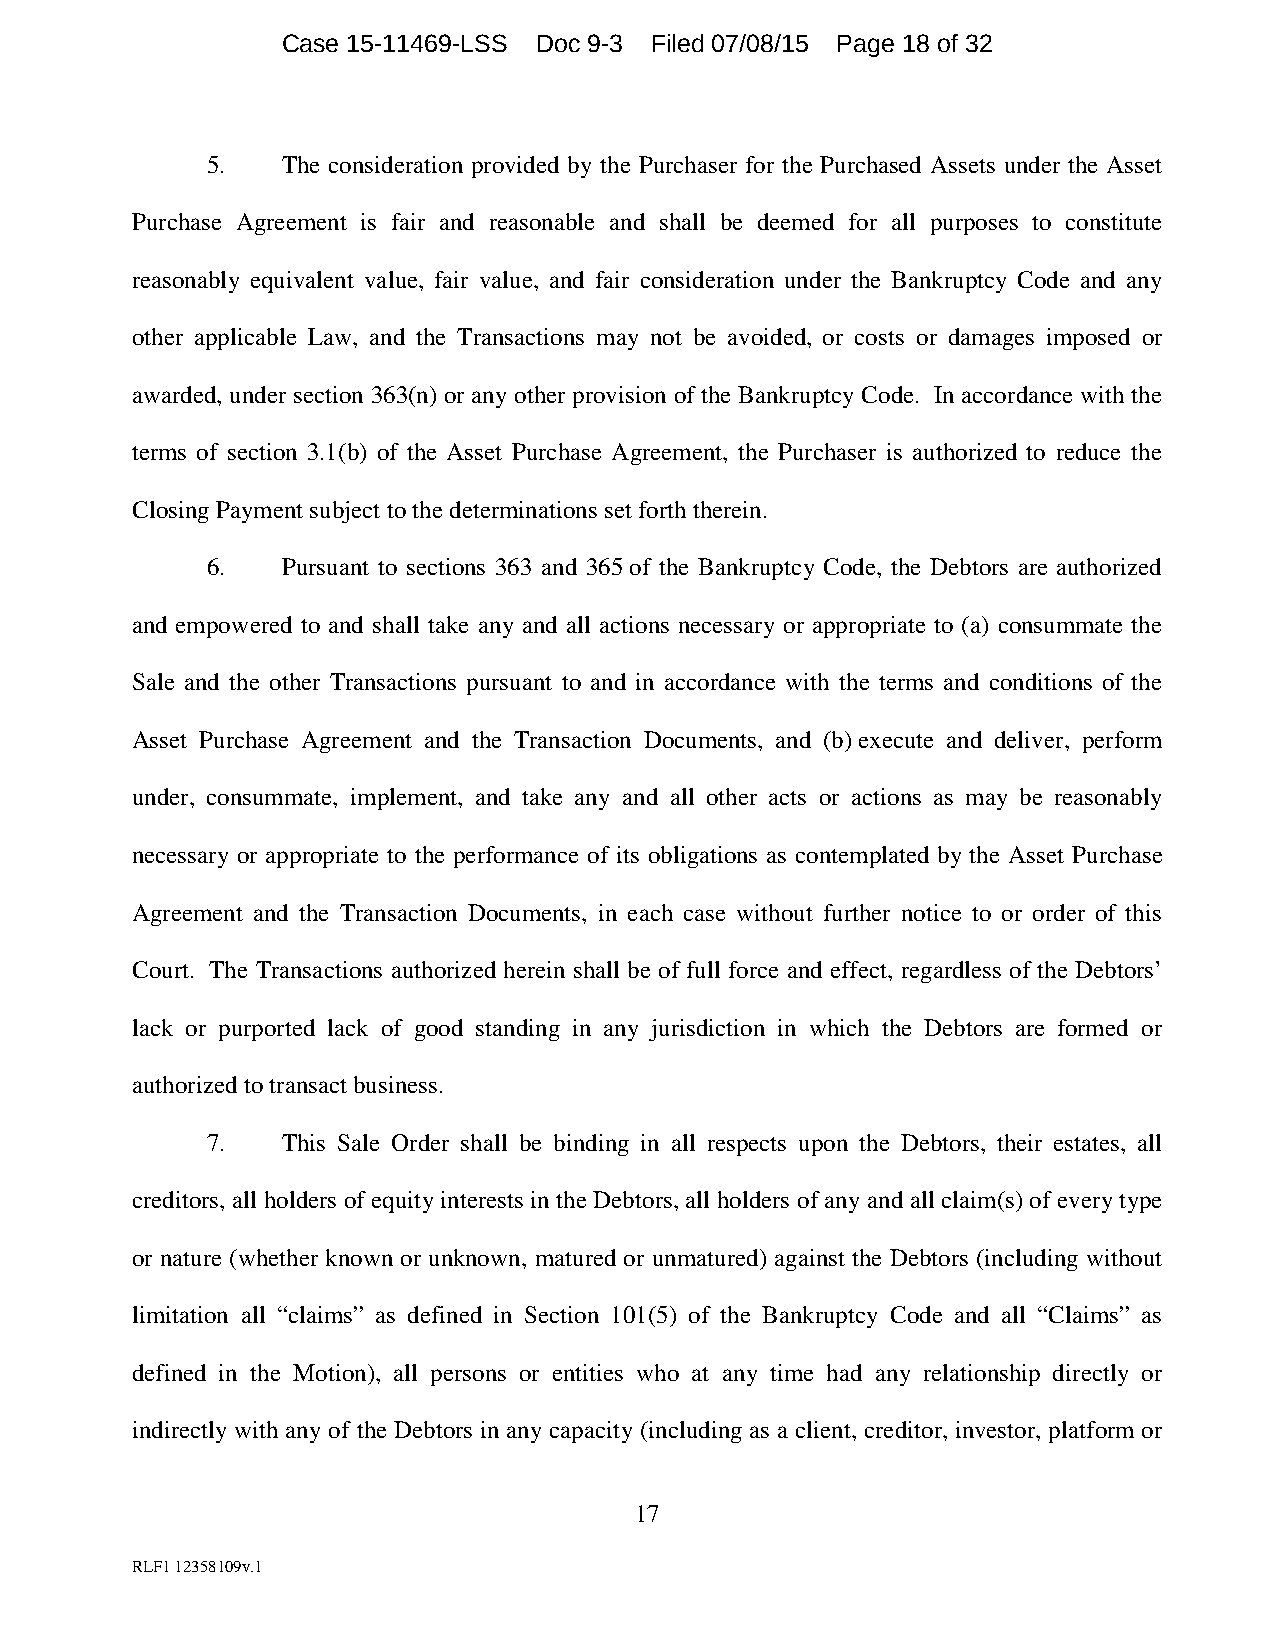
Case 15-11469-LSS Doc 9-3 Filed 07/08/15 Page 18 of 32
 5.   The consideration provided by the Purchaser for the Purchased Assets under the Asset
 Purchase Agreement is fair and reasonable and shall be deemed for all purposes to constitute
 reasonably equivalent value, fair value, and fair consideration under the Bankruptcy Code and any
 other applicable Law, and the Transactions may not be avoided, or costs or damages imposed or
 awarded, under section 363(n) or any other provision of the Bankruptcy Code. In accordance with the
 terms of section 3.1(b) of the Asset Purchase Agreement, the Purchaser is authorized to reduce the
 Closing Payment subject to the determinations set forth therein.
 6.   Pursuant to sections 363 and 365 of the Bankruptcy Code, the Debtors are authorized
 and empowered to and shall take any and all actions necessary or appropriate to (a) consummate the
 Sale and the other Transactions pursuant to and in accordance with the terms and conditions of the
 Asset Purchase Agreement and the Transaction Documents, and (b) execute and deliver, perform
 under, consummate, implement, and take any and all other acts or actions as may be reasonably
 necessary or appropriate to the performance of its obligations as contemplated by the Asset Purchase
 Agreement and the Transaction Documents, in each case without further notice to or order of this
 Court. The Transactions authorized herein shall be of full force and effect, regardless of the Debtors’
 lack or purported lack of good standing in any jurisdiction in which the Debtors are formed or
 authorized to transact business.
 7.   This Sale Order shall be binding in all respects upon the Debtors, their estates, all
 creditors, all holders of equity interests in the Debtors, all holders of any and all claim(s) of every type
 or nature (whether known or unknown, matured or unmatured) against the Debtors (including without
 limitation all “claims” as defined in Section 101(5) of the Bankruptcy Code and all “Claims” as
 defined in the Motion), all persons or entities who at any time had any relationship directly or
 indirectly with any of the Debtors in any capacity (including as a client, creditor, investor, platform or
 17
 RLF1 12358109v.1